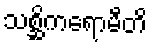
သစ္ဆိကရောမီတိ